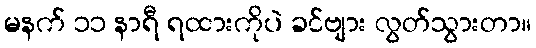
မနက် ၁၁ နာရီ ရထားကိုပဲ ခင်ဗျား လွတ်သွားတာ။